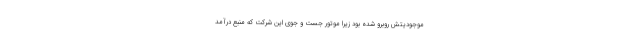
موجودیتش روبرو شده بود زیرا موتور جست و جوی این شرکت که منبع درآمد